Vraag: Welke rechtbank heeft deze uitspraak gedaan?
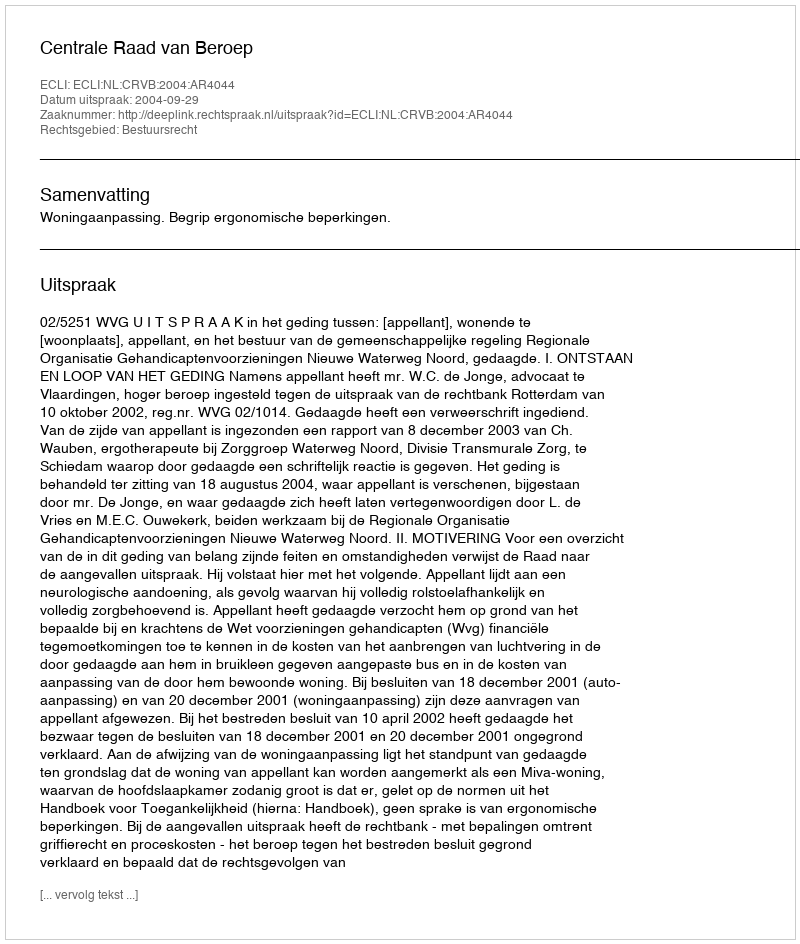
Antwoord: Centrale Raad van Beroep